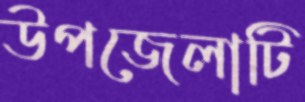
উপজেলাটি